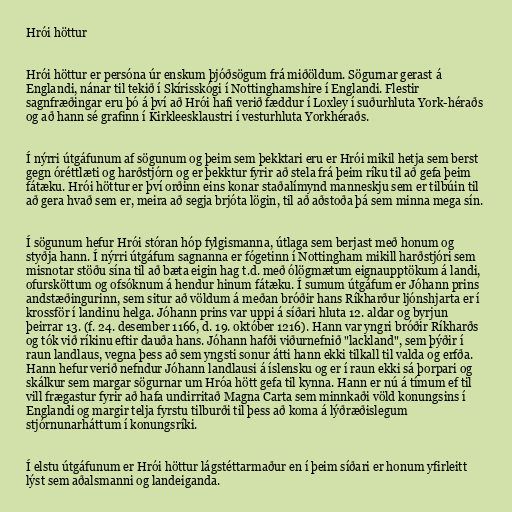
Hrói höttur

Hrói höttur er persóna úr enskum þjóðsögum frá miðöldum. Sögurnar gerast á
Englandi, nánar til tekið í Skírisskógi í Nottinghamshire í Englandi. Flestir
sagnfræðingar eru þó á því að Hrói hafi verið fæddur í Loxley í suðurhluta York-héraðs
og að hann sé grafinn í Kirkleesklaustri í vesturhluta Yorkhéraðs.

Í nýrri útgáfunum af sögunum og þeim sem þekktari eru er Hrói mikil hetja sem berst
gegn óréttlæti og harðstjórn og er þekktur fyrir að stela frá þeim ríku til að gefa þeim
fátæku. Hrói höttur er því orðinn eins konar staðalímynd manneskju sem er tilbúin til
að gera hvað sem er, meira að segja brjóta lögin, til að aðstoða þá sem minna mega sín.

Í sögunum hefur Hrói stóran hóp fylgismanna, útlaga sem berjast með honum og
styðja hann. Í nýrri útgáfum sagnanna er fógetinn í Nottingham mikill harðstjóri sem
misnotar stöðu sína til að bæta eigin hag t.d. með ólögmætum eignaupptökum á landi,
ofursköttum og ofsóknum á hendur hinum fátæku. Í sumum útgáfum er Jóhann prins
andstæðingurinn, sem situr að völdum á meðan bróðir hans Ríkharður ljónshjarta er í
krossför í landinu helga. Jóhann prins var uppi á síðari hluta 12. aldar og byrjun
þeirrar 13. (f. 24. desember 1166, d. 19. október 1216). Hann var yngri bróðir Ríkharðs
og tók við ríkinu eftir dauða hans. Jóhann hafði viðurnefnið "lackland", sem þýðir í
raun landlaus, vegna þess að sem yngsti sonur átti hann ekki tilkall til valda og erfða.
Hann hefur verið nefndur Jóhann landlausi á íslensku og er í raun ekki sá þorpari og
skálkur sem margar sögurnar um Hróa hött gefa til kynna. Hann er nú á tímum ef til
vill frægastur fyrir að hafa undirritað Magna Carta sem minnkaði völd konungsins í
Englandi og margir telja fyrstu tilburði til þess að koma á lýðræðislegum
stjórnunarháttum í konungsríki.

Í elstu útgáfunum er Hrói höttur lágstéttarmaður en í þeim síðari er honum yfirleitt
lýst sem aðalsmanni og landeiganda.